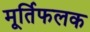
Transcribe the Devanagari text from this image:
मूर्तिफलक